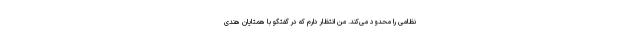
نظامی را محدود می‌کند. من انتظار دارم که در گفتگو با همتایان هندی